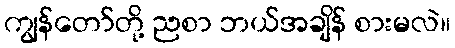
ကျွန်တော်တို့ ညစာ ဘယ်အချိန် စားမလဲ။